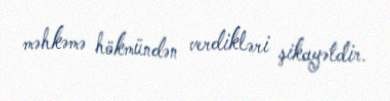
məhkəmə hökmündən verdikləri şikayətdir.